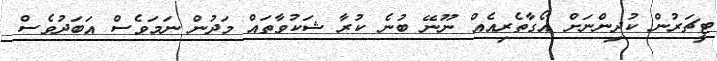
ޓީޗަރުން ކުދިންނަށް އޯގާތެރިއެއް ނޫނޭ ބުނެ ކުރާ ޝަކުވާތައް މަދުން ނަމަވެސް އަބަދުވެސް